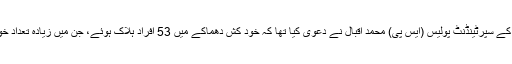
اس سے قبل اقبال ٹاؤن کے سپرٹینڈنٹ پولیس (ایس پی) محمد اقبال نے دعویٰ کیا تھا کہ خود کش دھماکے میں 53 افراد ہلاک ہوئے، جن میں زیادہ تعداد خواتین اور بچوں کی ہے۔